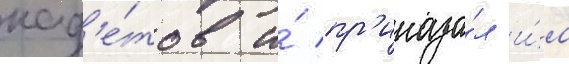
кад'е́тов и́ пр'иказа́л и́м